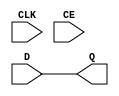
module srl_chain_mixed #
(
parameter [0:0] BEGIN_WITH_SRL16 = 0,   // Start with SRL16.
parameter [1:0] NUM_SRL32        = 0,   // SRL32 count in the middle.
parameter [0:0] END_WITH_SRL16   = 0,   // End on SRL16.
parameter       SITE             = ""   // Site to LOC all bels to
)
(
input  wire CLK,
input  wire CE,
input  wire D,
output wire Q
);

// ============================================================================
// SRL16 at the beginning
wire d;

generate if (BEGIN_WITH_SRL16) begin

  // Use SRL16
  (* KEEP, DONT_TOUCH *)
  SRLC16E beg_srl16
  (
  .CLK  (CLK),
  .CE   (CE),
  .D    (D),
  .A0   (0),
  .A1   (0),
  .A2   (0),
  .A3   (0),
  .Q15  (d)
  );

end else begin

  // No SRL16
  assign d = D;

end endgenerate

// ============================================================================
// Chain of 0 or more SRL32s
wire q;

genvar i;
generate if (NUM_SRL32 > 0) begin

    wire [NUM_SRL32-1:0] srl_d;
    wire [NUM_SRL32-1:0] srl_q31;

    assign srl_d[0] = d;

    for(i=0; i<NUM_SRL32; i=i+1) begin

        (* KEEP, DONT_TOUCH *)
        SRLC32E srl
        (
        .CLK    (CLK),
        .CE     (CE),
        .A      (5'd0),
        .D      (srl_d[i]),
        .Q31    (srl_q31[i])
        );

        if (i > 0) begin
            assign srl_d[i] = srl_q31[i-1];
        end

    end

    assign q = srl_q31[NUM_SRL32-1];

end else begin

    // No SRL32s
    assign q = d;

end endgenerate

// ============================================================================
// SRL16 at the end

generate if (END_WITH_SRL16) begin

  // Use SRL16
  (* KEEP, DONT_TOUCH *)
  SRLC16E end_srl16
  (
  .CLK  (CLK),
  .CE   (CE),
  .D    (q),
  .A0   (0),
  .A1   (0),
  .A2   (0),
  .A3   (0),
  .Q15  (Q)
  );

end else begin

  // No SRL16
  assign Q = q;

end endgenerate

endmodule